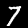
Digit: 7